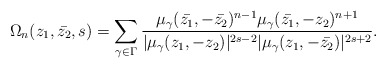
\begin{align*}\Omega_{n}(z_1,\bar{z_2},s)=\sum \limits_{\gamma \in \Gamma}\frac{\mu_{\gamma}(\bar{z_1},-\bar{z_2})^{n-1}\mu_{\gamma}(\bar{z_1},-z_2)^{n+1}}{|\mu_{\gamma}(z_1, -z_2)|^{2s-2}|\mu_{\gamma}(z_1, -\bar{z_2})|^{2s+2}}.\end{align*}